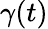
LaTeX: \gamma(t)